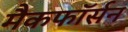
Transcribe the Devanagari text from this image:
मैकफॉर्सन